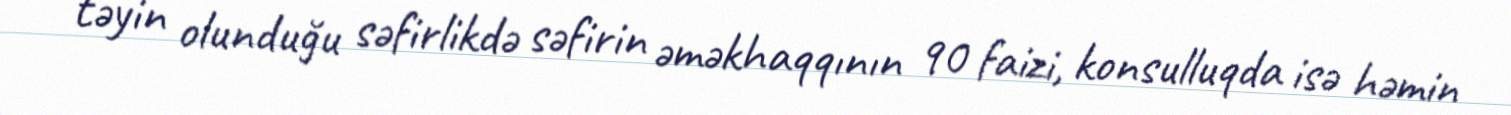
təyin olunduğu səfirlikdə səfirin əməkhaqqının 90 faizi, konsulluqda isə həmin